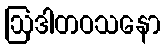
ဩဒါတဝသနော